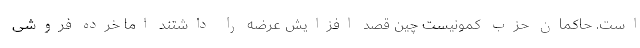
است. حاکمان حزب کمونیست چین قصد افزایش عرضه را داشتند اما خرده فروشی